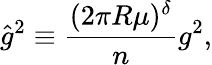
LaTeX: \hat{g}^{2}\equiv\frac{(2\pi R\mu)^{\delta}}{n}g^{2},